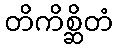
တိကိစ္ဆိတံ